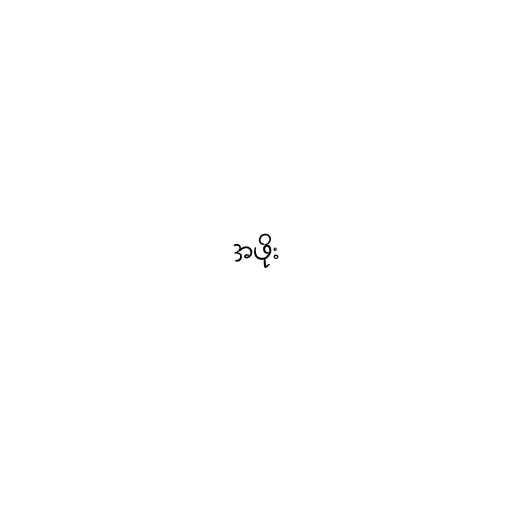
အဖိုး